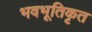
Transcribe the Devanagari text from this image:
भवभूतिकृत